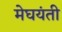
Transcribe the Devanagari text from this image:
मेघयंती